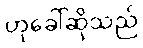
ဟုခေါ်ဆိုသည်